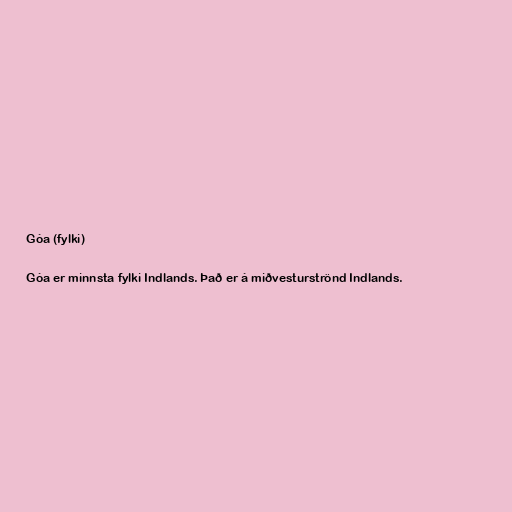
Góa (fylki)

Góa er minnsta fylki Indlands. Það er á miðvesturströnd Indlands.